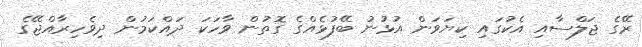
ރޭގެ ޖަލްސާއި އެކުގައި ކިޔަވަން އުޅުނު ބޭފުޅެއްގެ ގޮތުން ވާހަކަ ދައްކަމުން ދިވެހިރާއްޖޭގެ